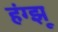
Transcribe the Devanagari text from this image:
हंग्झू